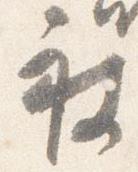
被